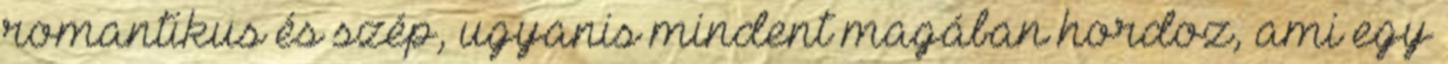
romantikus és szép, ugyanis mindent magában hordoz, ami egy